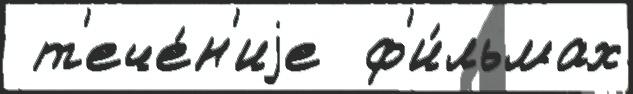
 т'ече́н'иjе  ф'и́льмах